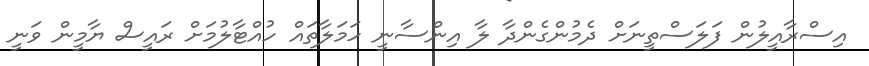
އިސްރާއީލުން ފަލަސްތީނަށް ދެމުންގެންދާ ލާ އިންސާނީ ހަމަލާތައް ހުއްޓާލުމަށް ރައީސް ޔާމީން ވަނީ